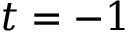
t = - 1